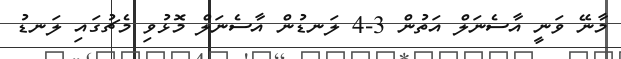
މާނޭ ވަނީ އާސެނަލް އަތުން 3-4 ލަނޑުން އާސެނަލް މޮޅުވި މެޗުގައި ލަނޑު